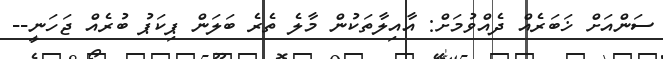
ސަންއަށް ޚަބަރެއް ދެއްވުމަށް: އާއިލާތަކުން މާލެ ތެރެ ބަލަން ޕިކަޕު ބުރެއް ޖަހަނީ--